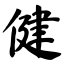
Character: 健